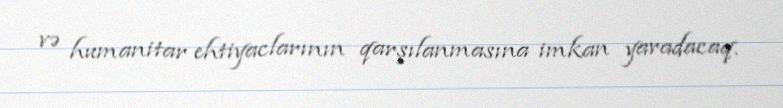
və humanitar ehtiyaclarının qarşılanmasına imkan yaradacaq.